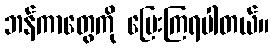
ဘန်ကာတွေကို ပြေးကြရပါတယ်။